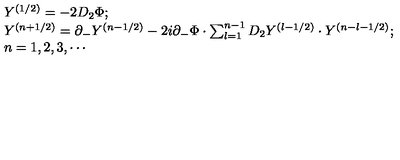
\begin{array} { l } { Y ^ { ( 1 / 2 ) } = - 2 D _ { 2 } \Phi ; } \\ { Y ^ { ( n + 1 / 2 ) } = \partial _ { - } Y ^ { ( n - 1 / 2 ) } - 2 i \partial _ { - } \Phi \cdot \sum _ { l = 1 } ^ { n - 1 } D _ { 2 } Y ^ { ( l - 1 / 2 ) } \cdot Y ^ { ( n - l - 1 / 2 ) } ; } \\ { n = 1 , 2 , 3 , \cdots } \\ \end{array}